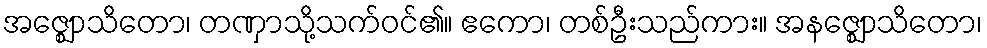
အဇ္ဈောသိတော၊ တဏှာသို့သက်ဝင်၏။ ဧကော၊ တစ်ဦးသည်ကား။ အနဇ္ဈောသိတော၊